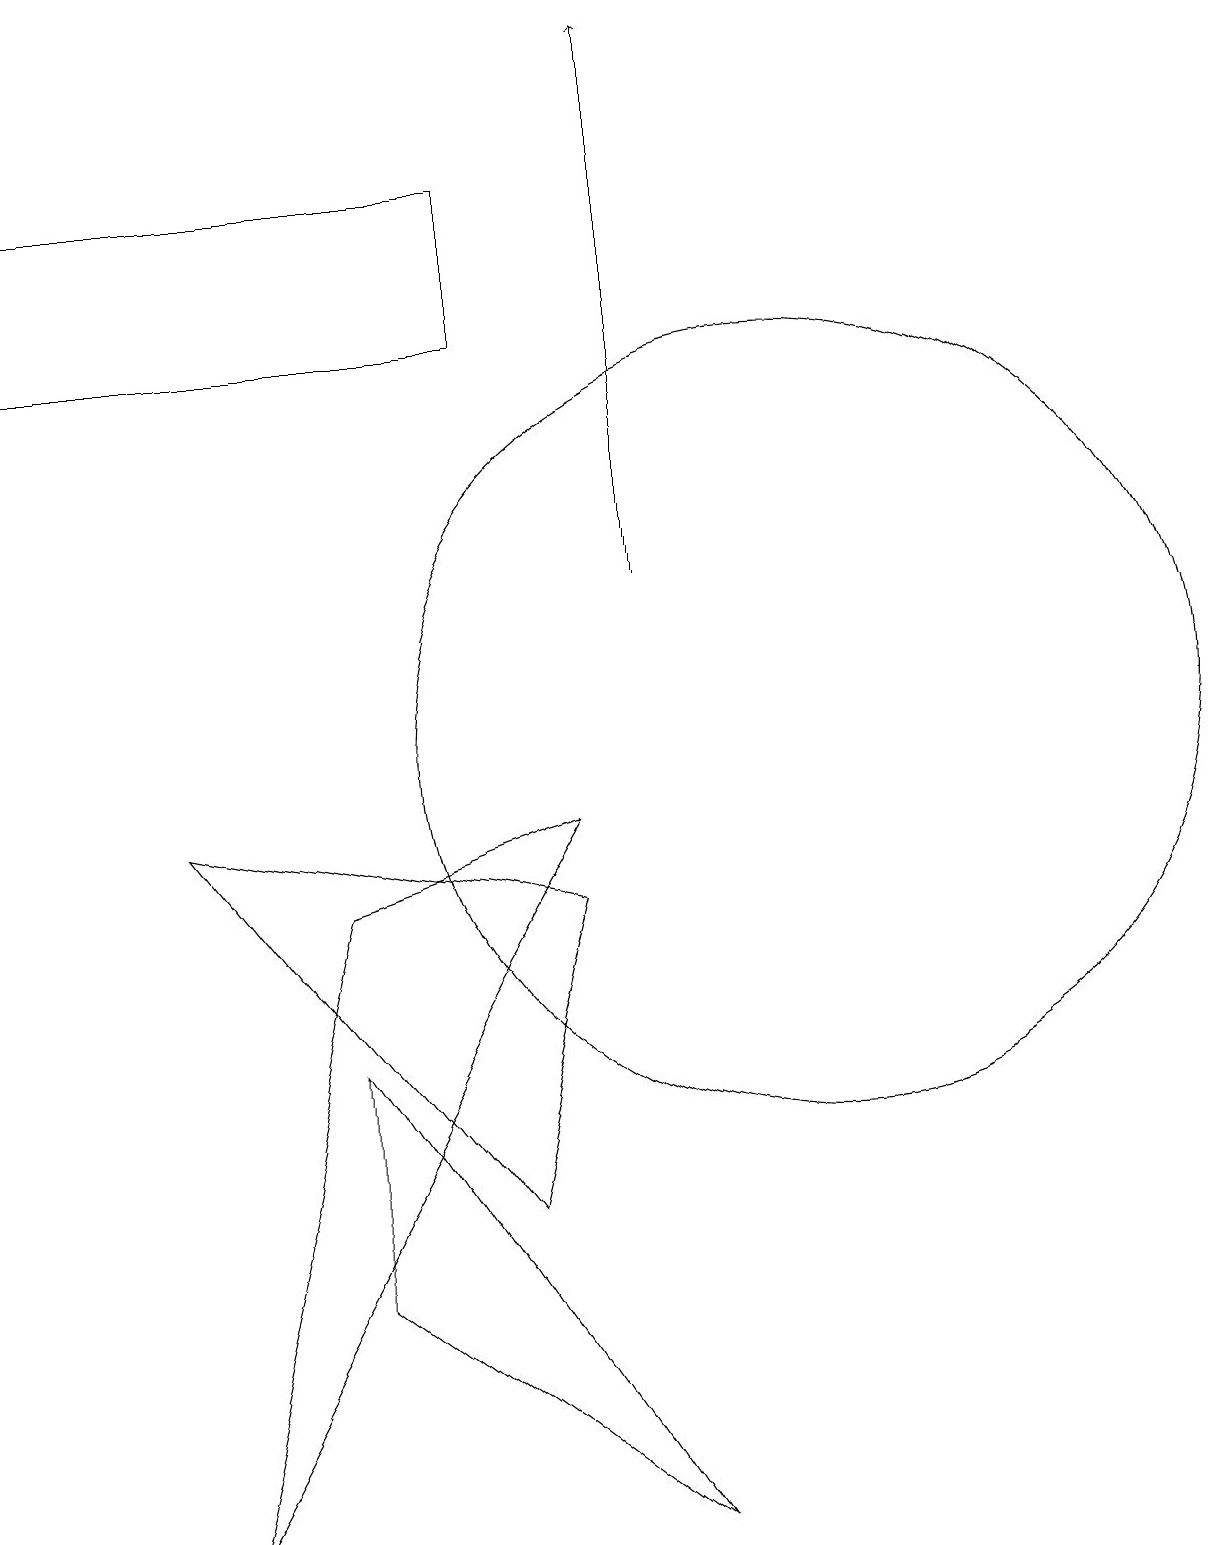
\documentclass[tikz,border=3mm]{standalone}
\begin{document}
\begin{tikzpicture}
\draw (7,17) rectangle (1,15);
\draw (5,3) -- (5,6) -- (9,0) -- cycle;
\draw (5,8) -- (3,0) -- (8,9) -- cycle;
\draw[->] (9,12) -- (9,19);
\draw (7,4) -- (8,8) -- (3,9) -- cycle;
\draw (11,10) circle (5);
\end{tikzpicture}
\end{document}